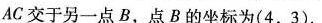
AC交于另一点B，点B的坐标为(4，3)。